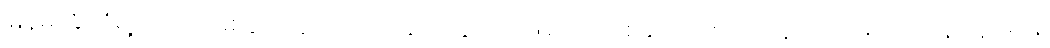
မြန်မာနိုင်ငံရဲ့ လက်ရှိဖြစ်ပွားနေတဲ့ ပြဿနာတွေကို ဖြေရှင်းဖို့တစ်ခုတည်းသော နည်းလမ်းက တန်းတူရေးနဲ့